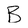
Character: B